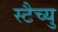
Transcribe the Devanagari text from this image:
स्टैच्यु